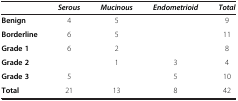
<table><thead><tr><td><b> </b></td><td><b><i>Serous</i></b></td><td><b><i>Mucinous</i></b></td><td><b><i>Endometrioid</i></b></td><td><b><i>Total</i></b></td></tr></thead><tbody><tr><td><b>Benign</b></td><td>4</td><td>5</td><td> </td><td>9</td></tr><tr><td><b>Borderline</b></td><td>6</td><td>5</td><td> </td><td>11</td></tr><tr><td><b>Grade 1</b></td><td>6</td><td>2</td><td> </td><td>8</td></tr><tr><td><b>Grade 2</b></td><td> </td><td>1</td><td>3</td><td>4</td></tr><tr><td><b>Grade 3</b></td><td>5</td><td> </td><td>5</td><td>10</td></tr><tr><td><b>Total</b></td><td>21</td><td>13</td><td>8</td><td>42</td></tr></tbody></table>